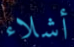
أشلاء